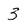
Character: 3